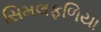
સિમલફળિયા